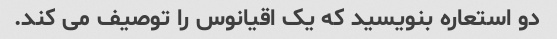
دو استعاره بنویسید که یک اقیانوس را توصیف می کند.